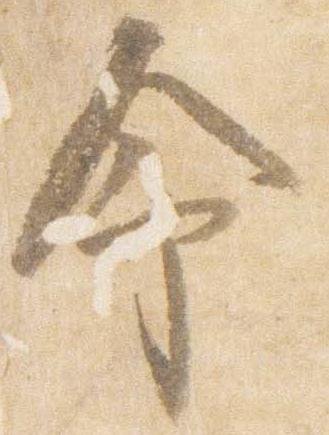
命